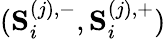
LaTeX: (\mathbf{S}_{i}^{(j),-},\mathbf{S}_{i}^{(j),+})